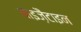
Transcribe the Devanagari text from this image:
बाइज़ैंटाइन